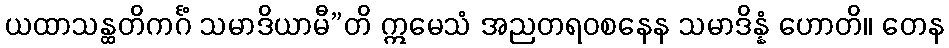
ယထာသန္ထတိကင်္ဂံ သမာဒိယာမီ”တိ ဣမေသံ အညတရဝစနေန သမာဒိန္နံ ဟောတိ။ တေန